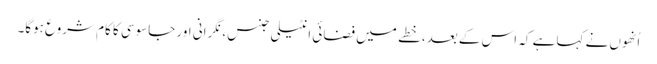
اُنھوں نے کہا ہے کہ اس کے بعد، خطے میں فضائی انٹیلی جنس، نگرانی اور جاسوسی کا کام شروع ہوگا۔